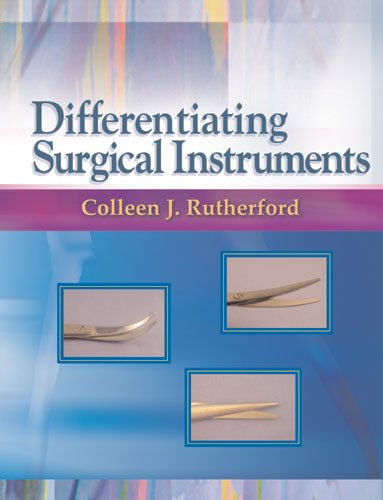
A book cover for Differentiating Surgical Instruments; Colleen J. Rutherford RN  MS  CNOR; Medical Books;